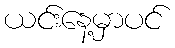
ယင်းနေ့မှာပင်